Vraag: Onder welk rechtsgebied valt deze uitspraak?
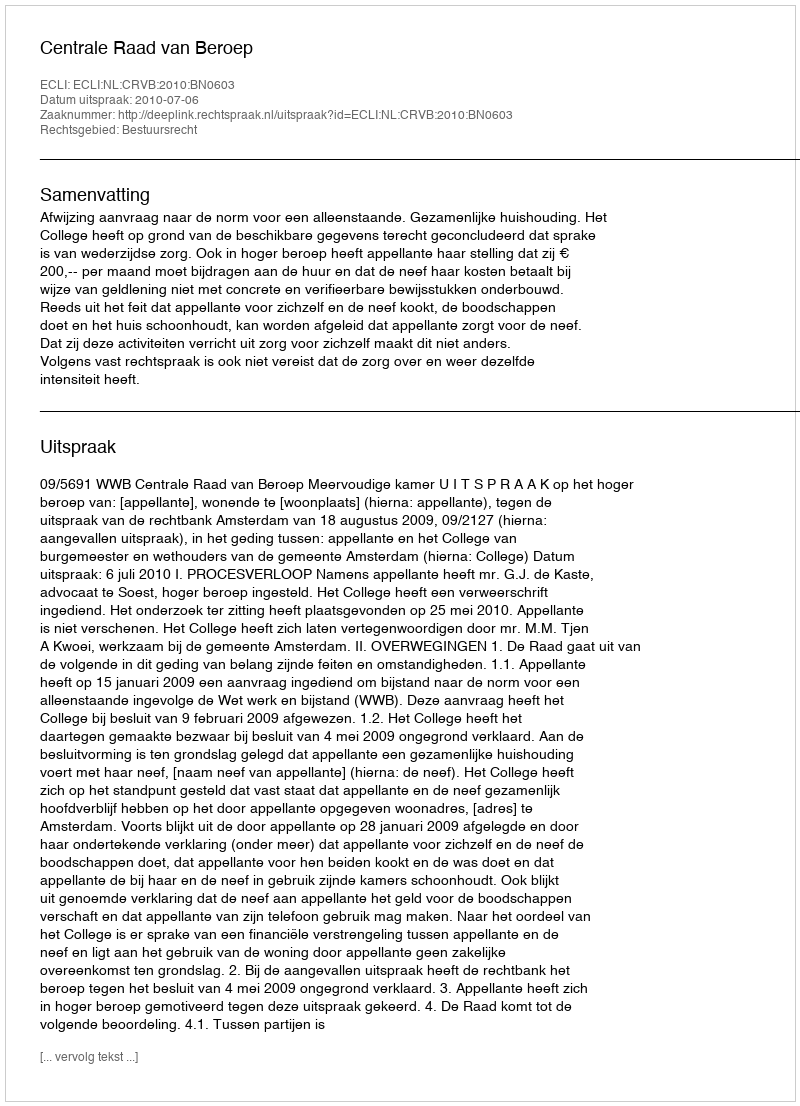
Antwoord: Bestuursrecht